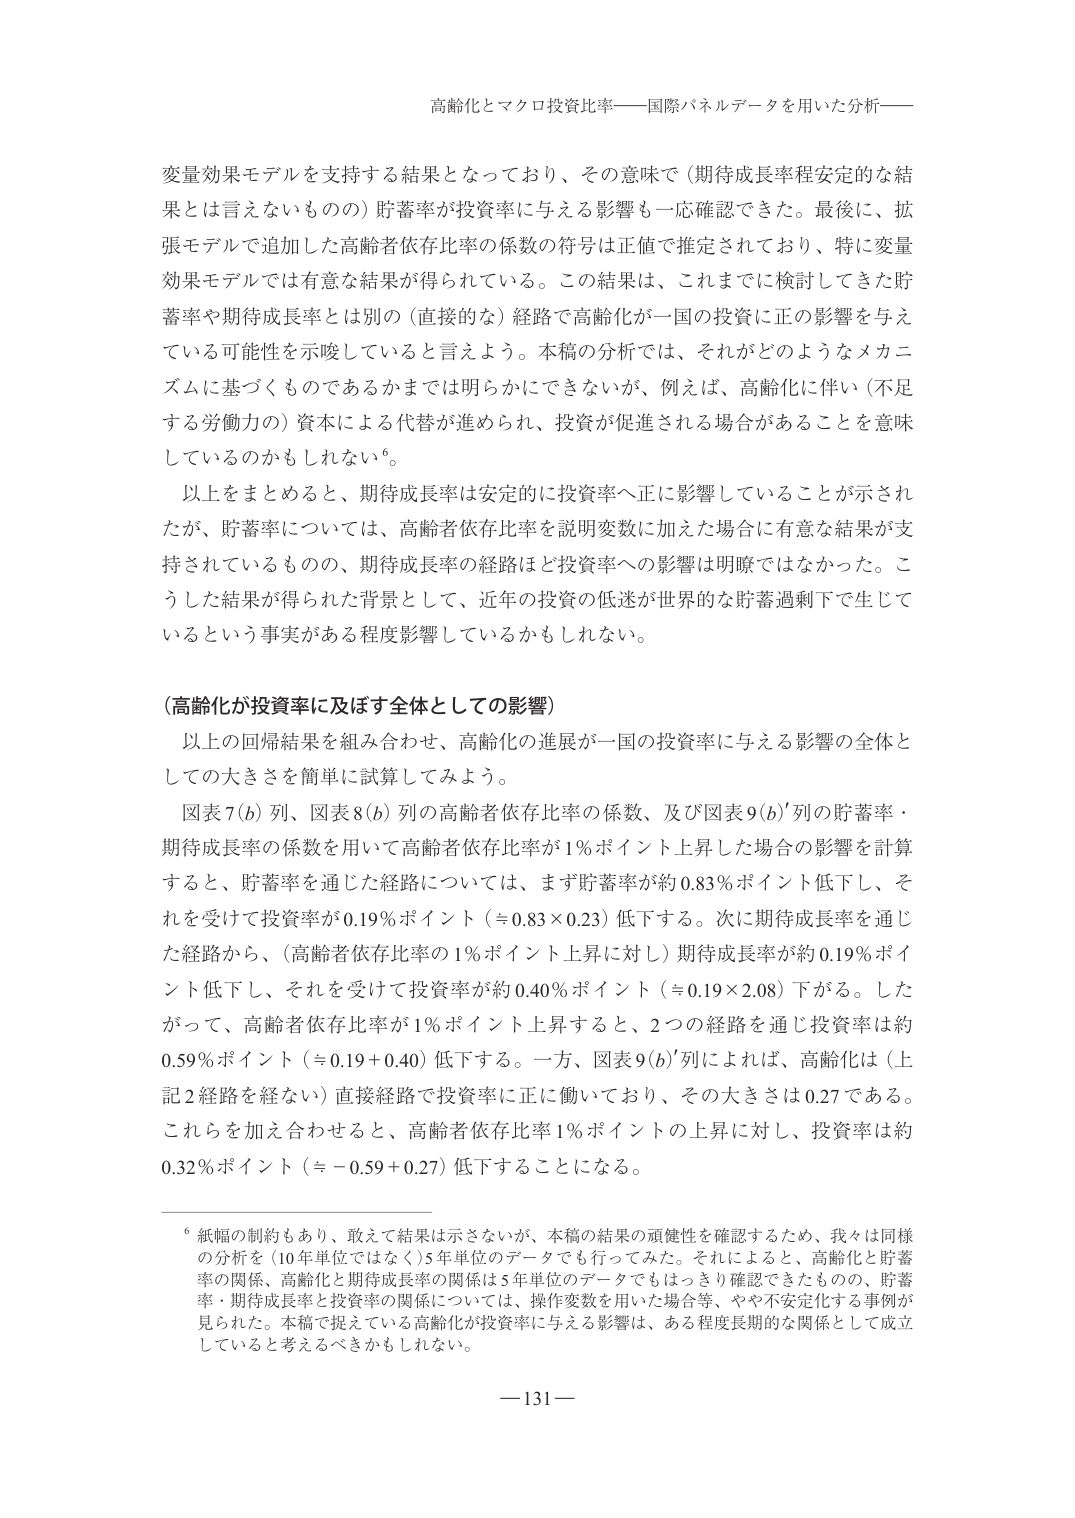
高齢化とマクロ投資比率——国際パネルデータを用いた分析——

変量効果モデルを支持する結果となっており、その意味で（期待成長率程安定的な結果とは言えないものの）貯蓄率が投資率に与える影響も一応確認できた。最後に、拡張モデルで追加した高齢者依存比率の係数の符号は正値で推定されており、特に変量効果モデルでは有意な結果が得られている。この結果は、これまでに検討してきた貯蓄率や期待成長率とは別の（直接的な）経路で高齢化が一国の投資に正の影響を与えている可能性を示唆していると言えよう。本稿の分析では、それがどのようなメカニズムに基づくものであるかまでは明らかにできないが、例えば、高齢化に伴い（不足する労働力の）資本による代替が進められ、投資が促進される場合があることを意味しているのかもしれない⁶。

以上をまとめるとき、期待成長率は安定的に投資率へ正に影響していることが示されたが、貯蓄率については、高齢者依存比率を説明変数に加えた場合に有意な結果が支持されているものの、期待成長率の経路はと投資率への影響は明瞭ではなかった。こうした結果が得られた背景として、近年の投資の低迷が世界的な貯蓄過剩下で生じているという事実がある程度影響しているかもしれない。

（高齢化が投資率に及ぼす全体としての影響）

以上の回帰結果を組み合わせ、高齢化の進展が一国の投資率に与える影響の全体としての大きさを簡単に試算してみよう。

図表7(b)列、図表8(b)列の高齢者依存比率の係数、及び図表9(b)’列の貯蓄率・期待成長率の係数を用いて高齢者依存比率が1％ポイント上昇した場合の影響を計算すると、貯蓄率を通じた経路については、まず貯蓄率が約0.83％ポイント低下し、それを受けて投資率が0.19％ポイント（≒0.83×0.23）低下する。次に期待成長率を通じた経路から、（高齢者依存比率の1％ポイント上昇に対し）期待成長率が約0.19％ポイント低下し、それを受けて投資率が約0.40％ポイント（≒0.19×2.08）下がる。したがって、高齢者依存比率が1％ポイント上昇すると、2つの経路を通じ投資率は約0.59％ポイント（≒0.19＋0.40）低下する。一方、図表9(b)’列によれば、高齢化は（上記2経路を経ない）直接経路で投資率に正に働いており、その大きさは0.27である。これらを加え合わせると、高齢者依存比率1％ポイントの上昇に対し、投資率は約0.32％ポイント（≒－0.59＋0.27）低下することになる。

⁶ 紙幅の制約もあり、敢えて結果は示さないが、本稿の結果の頑健性を確認するため、我々は同様の分析を（10年単位ではなく）5年単位のデータでも行ってみた。それによると、高齢化と貯蓄率の関係、高齢化と期待成長率の関係は5年単位のデータでもはっきり確認できたものの、貯蓄率・期待成長率と投資率の関係については、操作変数を用いた場合等、やや不安定化する事例が見られた。本稿で捉えている高齢化が投資率に与える影響は、ある程度長期的な関係として成立していると考えるべきかもしれない。

—131—